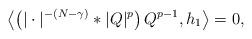
LaTeX: \begin{align*} \left\langle\left( |\cdot|^{-(N-\gamma)} * |Q|^p \right) Q^{p-1}, h_1 \right\rangle =0, \end{align*}